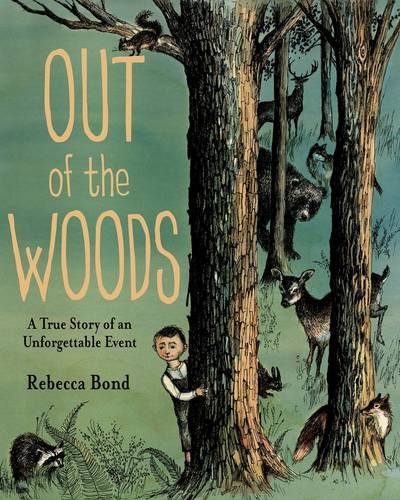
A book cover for Out of the Woods: A True Story of an Unforgettable Event; Rebecca Bond; Biographies & Memoirs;